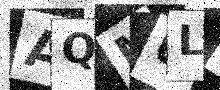
Text: AQMULA